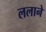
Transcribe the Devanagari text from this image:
ललाने